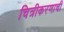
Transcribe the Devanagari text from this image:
चित्रीकरणाची